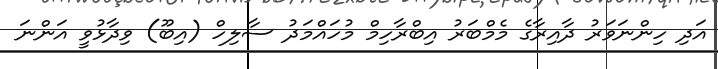
އަދި ހިންނަވަރު ދާއިރާގެ މެމްބަރު އިބްރާހިމް މުހައްމަދު ސާލިހް (އިބޫ) ވިދާޅުވީ އަންނަ